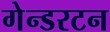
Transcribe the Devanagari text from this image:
गेन्डरटन